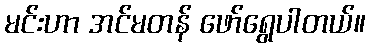
မင်းဟာ အင်မတန် ဖော်ရွေပါတယ်။